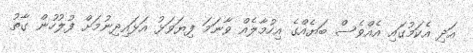
އަދި އެކަމުގައި އެއްވެސް ބަޔެއްގެ އިހުމާލެއް ވާނަމަ ފިޔަވަޅު އަޅައިދިނުމަށް ފުލުހުން ގާތު